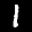
Label: 1